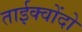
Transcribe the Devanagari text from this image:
ताईक्वोंदो